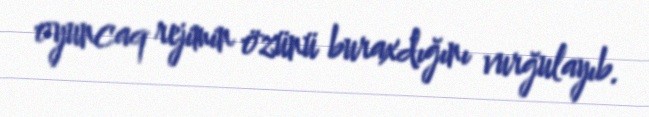
oyuncaq rejimin özünü buraxdığını vurğulayıb.